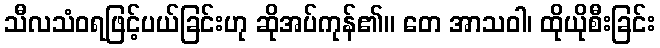
သီလသံဝရဖြင့်ပယ်ခြင်းဟု ဆိုအပ်ကုန်၏။ တေ အာသဝါ၊ ထိုယိုစီးခြင်း